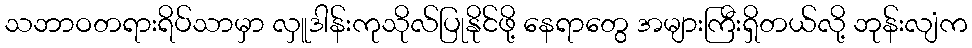
သဘာဝတရားရိပ်သာမှာ လှူဒါန်းကုသိုလ်ပြုနိုင်ဖို့ နေရာတွေ အများကြီးရှိတယ်လို့ ဘုန်းလျံက